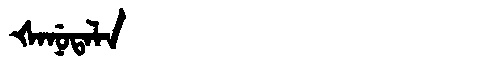
Manchu: ᡧᠠᠨᡠᡨᠠᠯᠠ
Romanization: ŠANUTALA